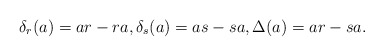
\begin{align*}\delta_r(a) = ar - ra, \delta_s(a) = as-sa, \Delta(a) = ar-sa.\end{align*}